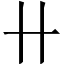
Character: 卄